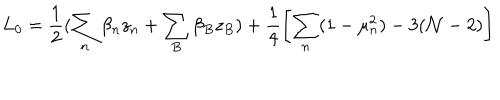
L _ { 0 } = \frac { 1 } { 2 } ( \sum _ { n } \beta _ { n } z _ { n } + \sum _ { B } \beta _ { B } z _ { B } ) + \frac { 1 } { 4 } \left[ \sum _ { n } ( 1 - \mu _ { n } ^ { 2 } ) - 3 ( { \cal N } - 2 ) \right]